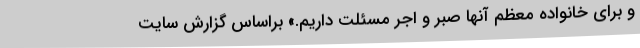
و برای خانواده معظم آنها صبر و اجر مسئلت داریم.» براساس گزارش سایت